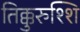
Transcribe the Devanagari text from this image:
तिक्कुरुश्शि